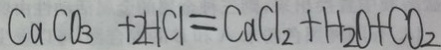
C a C O _ { 3 } + 2 H C l = C a C l _ { 2 } + H _ { 2 } O + C O _ { 2 }